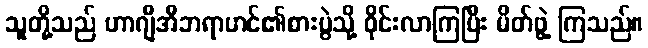
သူတို့သည် ဟာဂျီအီဘရာဟင်၏စားပွဲသို့ ဝိုင်းလာကြပြီး မိတ်ဖွဲ့ ကြသည်။